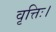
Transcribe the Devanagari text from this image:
वृत्तिः।